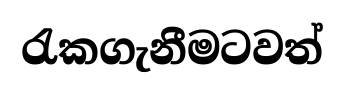
රැකගැනීමටවත්